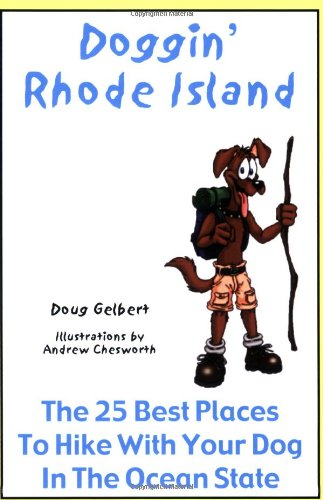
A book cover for Doggin' Rhode Island: The 25 Best Places to Hike with Your Dog in the Ocean State; Doug Gelbert; Travel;